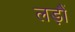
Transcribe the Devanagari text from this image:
लड़ौं